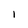
Character: I